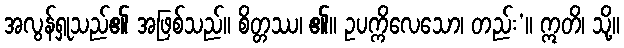
အလွန်ရှုသည်၏ အဖြစ်သည်။ စိတ္တဿ၊ ၏။ ဥပက္ကိလေသော၊ တည်း’။ ဣတိ၊ သို့။